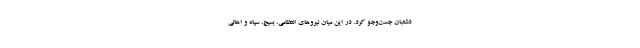
دشتبان جست‌وجو کرد. در این میان نیروهای انتظامی، بسیج، سپاه و اهالی